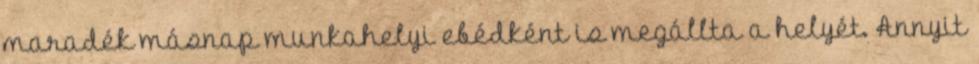
maradék másnap munkahelyi ebédként is megállta a helyét. Annyit